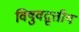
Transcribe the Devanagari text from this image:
विषुवद्वृत्तीय